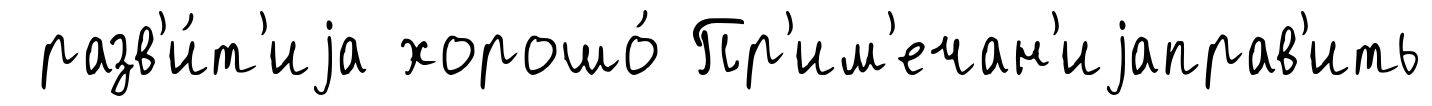
разв'и́т'иjа хорошо́ Пр'им'ечан'иjаправ'ить